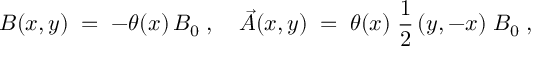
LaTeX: B ( x , y ) \; = \; - \theta ( x ) \, B _ { 0 } \; , \quad \vec { A } ( x , y ) \; = \; \theta ( x ) \; \frac { 1 } { 2 } \, ( y , - x ) \; B _ { 0 } \; ,